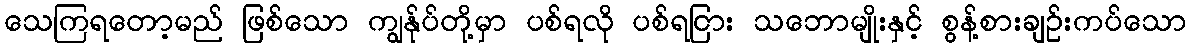
သေကြရတော့မည် ဖြစ်သော ကျွန်ုပ်တို့မှာ ပစ်ရလို ပစ်ရငြား သဘောမျိုးနှင့် စွန့်စားချဉ်းကပ်သော